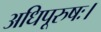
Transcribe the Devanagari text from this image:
अधिपूरुषः।